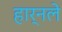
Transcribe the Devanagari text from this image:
हार्नले